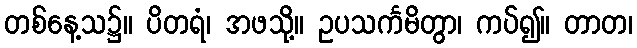
တစ်နေ့သ၌။ ပိတရံ၊ အဖသို့။ ဥပသင်္ကမိတွာ၊ ကပ်၍။ တာတ၊